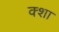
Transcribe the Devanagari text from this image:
क्शा